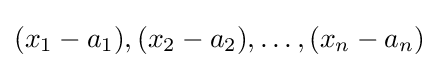
(x_{1}-a_{1}),(x_{2}-a_{2}),\ldots ,(x_{n}-a_{n})